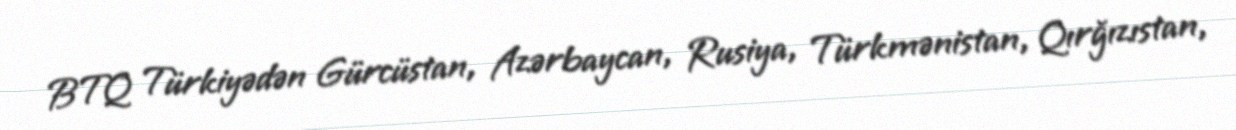
BTQ Türkiyədən Gürcüstan, Azərbaycan, Rusiya, Türkmənistan, Qırğızıstan,